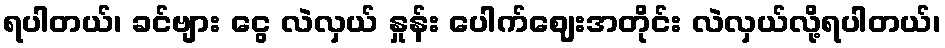
ရပါတယ်၊ ခင်ဗျား ငွေ လဲလှယ် နှုန်း ပေါက်ဈေးအတိုင်း လဲလှယ်လို့ရပါတယ်၊